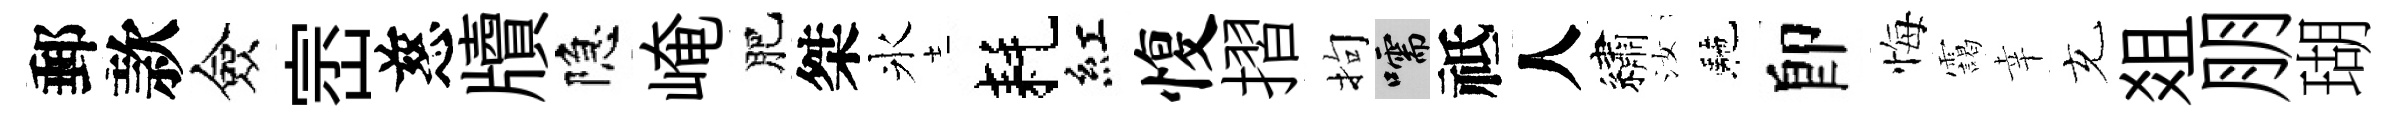
郵款僉崈慈牘隐崦肥桀氷耗紅愎摺拘嚅祗人繡汝駰卽悔靄幸充爼朋瑚